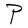
Character: P